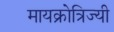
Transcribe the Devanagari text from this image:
मायक्रोत्रिज्यी